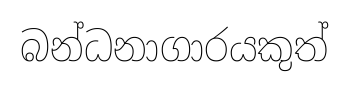
බන්ධනාගාරයකුත්